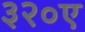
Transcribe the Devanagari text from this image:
३२०ए